Vaccination in Burma 1889-1999 - 1889-1999
Year: 1889
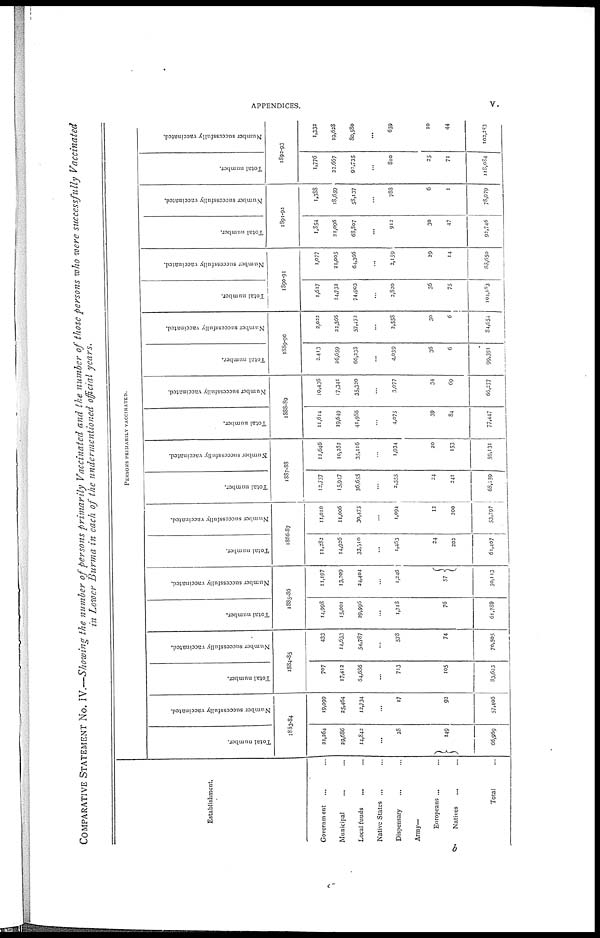
APPENDICES.
v.
COMPARATIVE STATEMENT No. IV.—Showing the number of persons primarily Vaccinated and the number of those persons who were successfully Vaccinated
in Lower Burma in each of the undermentioned official years.
Establishment.
Government... ... ... ...
Municipal... ... ... ...
Local funds... ... ... ... ...
Native States... ... ... ...
Dispensary... ... ... ...
Army—
Europeans ... ... ...
Natives... ... ... ...
Total... ... ...
PERSON'S PRIMARILY VACCINATED.
Total number.
Number successfully vaccinated.
1883-84
22,264
29,686
14,842
...
28
149
66,969
19,099
25,464
12,734
...
17
92
57,406
Total number.
Number successfully vaccinated.
1884-85
707
17,412
64,686
...
713
105
83,623
433
14,633
54,787
...
578
74
70,505
Total number.
Number successfully vaccinated.
1885-86
14,998
15,001
29,996
...
1,718
76
61,789
11,197
13,209
24,404
...
1,246
57
50,113
Total number.
Number successfully vaccinated.
1886-87
11,282
14,926
33,510
...
1,463
24
202
61,407
11,010
11,006
30,475
...
1,094
12
200
53,797
Total number.
Number successfully vaccinated.
1887-88
12,737
15,947
36,655
...
2,555
24
241
68,159
11,646
10,262
35,116
...
1,934
20
153
59,131
Total number.
Number successfully vaccinated.
1888-89
11,614
19,649
41,986
...
4,075
39
84
77,447
10,436
17,341
35,320
...
3,077
34
69
66,277
Total number.
Number successfully vaccinated.
1889-90
2,413
26,659
66,238
...
4,039
36
6
99,391
2,022
22,566
57,472
...
2,558
30
6
84,654
Total number.
Number successfully vaccinated.
1890-91
1,617
24,732
74,903
...
2,820
36
75
104,183
1,077
21,005
64,366
...
2,159
29
14
88,650
Total number.
Number successfully vaccinated.
1891-92
1,854
21,096
68,807
...
912
30
47
92,746
1,388
18,659
58,137
...
788
6
1
78,979
Total number.
Number successfully vaccinated.
1892-93
1,776
22,667
92,735
...
810
25
71
118,084
1,332
19,628
80,580
...
659
10
44
102,253
b